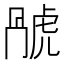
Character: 𬟬